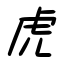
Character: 虎